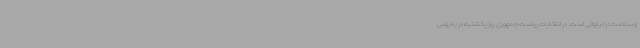
و سلامت در لیتوانی است. در انتخابات ریاست جمهوری روز یکشنبه در بلاروس